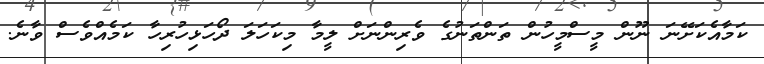
ކަމާއެކަށޭނަ ނޫން މީސްމީހުން ތަންތަނުގެ ވެރިންނަށް ލީމާ މިކަހަލަ ދޯހަޅިހުރިހާ ކަމެއްވެސް ވާނެ.